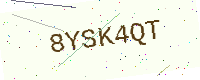
Text: 8YSK4QT